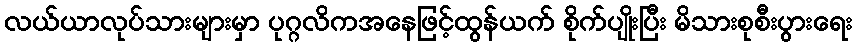
လယ်ယာလုပ်သားများမှာ ပုဂ္ဂလိကအနေဖြင့်ထွန်ယက် စိုက်ပျိုးပြီး မိသားစုစီးပွားရေး